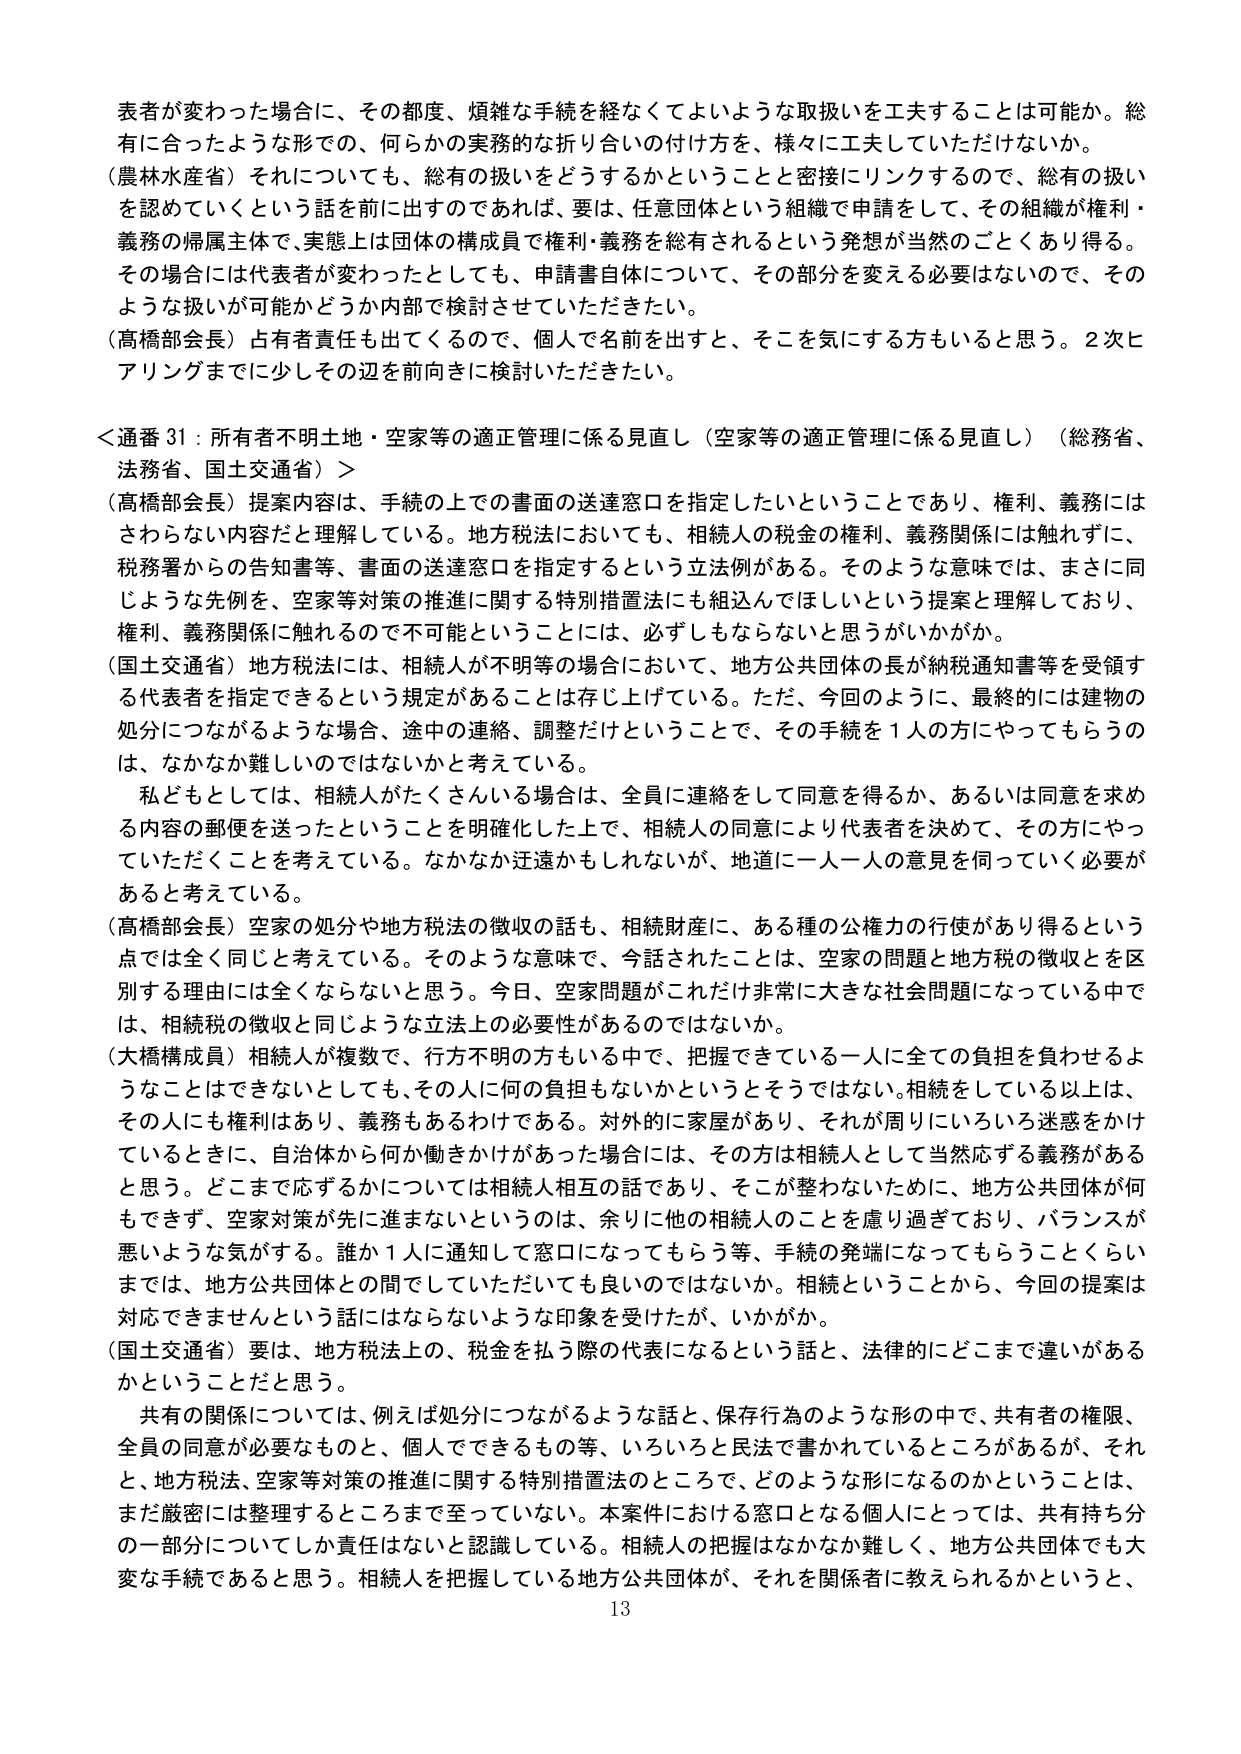
表者が変わった場合に、その都度、煩雑な手続を経なくてよいような取扱いを工夫することは可能か。総有に合ったような形での、何らかの実務的な折り合いの付け方を、様々に工夫していただけないか。

（農林水産省）それについても、総有の扱いをどうするかということと密接にリンクするので、総有の扱いを認めていくという話を前に出すのであれば、要は、任意団体という組織で申請をして、その組織が権利・義務の帰属主体で、実態上は団体の構成員で権利・義務を総有されるという発想が当然のごとくあり得る。その場合には代表者が変わったとしても、申請書自体について、その部分を変える必要はないので、そのような扱いが可能かどうか内部で検討させていただきたい。

（高橋部会長）占有者責任も出てくるので、個人で名前を出すと、そこを気にする方もいると思う。2次ヒアリングまでに少しその辺を前向きに検討いただきたい。

＜通番31：所有者不明土地・空家等の適正管理に係る見直し（空家等の適正管理に係る見直し）（総務省、法務省、国土交通省）＞

（高橋部会長）提案内容は、手続の上での書面の送達窓口を指定したいということであり、権利、義務にはさわらない内容だと理解している。地方税法においても、相続人の税金の権利、義務関係には触れずに、税務署からの告知書等、書面の送達窓口を指定するという立法例がある。そのような意味では、まさに同じような先例を、空家等対策の推進に関する特別措置法にも組込んでほしいという提案と理解しており、権利、義務関係に触れるので不可能ということには、必ずしもならないと思うがいかがか。

（国土交通省）地方税法には、相続人が不明等の場合において、地方公共団体の長が納税通知書等を受領する代表者を指定できるという規定があることは存じ上げている。ただ、今回のように、最終的には建物の処分につながるような場合、途中の連絡、調整だけということで、その手続を1人の方にやってもらうのは、なかなか難しいのではないかと考えている。

私どもとしては、相続人がたくさんいる場合は、全員に連絡をして同意を得るか、あるいは同意を求める内容の郵便を送ったということを明確化した上で、相続人の同意により代表者を決めて、その方にやっていただくことを考えている。なかなか迂遠かもしれないが、地道に一人一人の意見を伺っていく必要があると考えている。

（高橋部会長）空家の処分や地方税法の徴収の話も、相続財産に、ある種の公権力の行使があり得るという点では全く同じと考えている。そのような意味で、今話されたことは、空家の問題と地方税の徴収とを区別する理由には全くならないと思う。今日、空家問題がこれだけ非常に大きな社会問題になっている中では、相続税の徴収と同じような立法上の必要性があるのではないか。

（大橋構成員）相続人が複数で、行方不明の方もいる中で、把握できている一人に全ての負担を負わせるようなことはできないとしても、その人に何の負担もないかというとそうではない。相続をしている以上は、その人にも権利はあり、義務もあるわけである。対外的に家屋があり、それが周りにいろいろ迷惑をかけているときに、自治体から何か働きかけがあった場合には、その方は相続人として当然応ずる義務があると思う。どこまで応ずるかについては相続人相互の話であり、そこが整わないために、地方公共団体が何もできず、空家対策が先に進まないというのは、余りに他の相続人のことを慮り過ぎており、バランスが悪いような気がする。誰か1人に通知して窓口になってもらう等、手続の発端になってもらうことくらいまでは、地方公共団体との間でしていただいても良いのではないか。相続ということから、今回の提案は対応できませんという話にはならないような印象を受けたが、いかがか。

（国土交通省）要は、地方税法上の、税金を払う際の代表になるという話と、法律的にどこまで違いがあるかということだと思う。

共有の関係については、例えば処分につながるような話と、保存行為のような形の中で、共有者の権限、全員の同意が必要なものと、個人でできるもの等、いろいろと民法で書かれているところがあるが、それと、地方税法、空家等対策の推進に関する特別措置法のところで、どのような形になるのかということは、まだ厳密には整理するところまで至っていない。本案件における窓口となる個人にとっては、共有持分の一部分についてしか責任はないと認識している。相続人の把握はなかなか難しく、地方公共団体でも大変な手続であると思う。相続人を把握している地方公共団体が、それを関係者に教えられるかというと、13